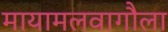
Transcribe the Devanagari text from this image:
मायामलवागौला